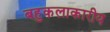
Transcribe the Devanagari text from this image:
बहुकलाकारीय